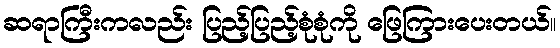
ဆရာကြီးကလည်း ပြည့်ပြည့်စုံစုံကို ဖြေကြားပေးတယ်။